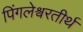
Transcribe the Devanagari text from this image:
पिंगलेश्वरतीर्थ